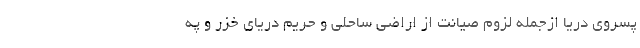
پسروی دریا ازجمله لزوم صیانت از اراضی ساحلی و حریم دریای خزر و په